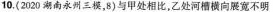
10.(2020湖南永州三模，8)与甲处相比，乙处河槽横向展宽不明